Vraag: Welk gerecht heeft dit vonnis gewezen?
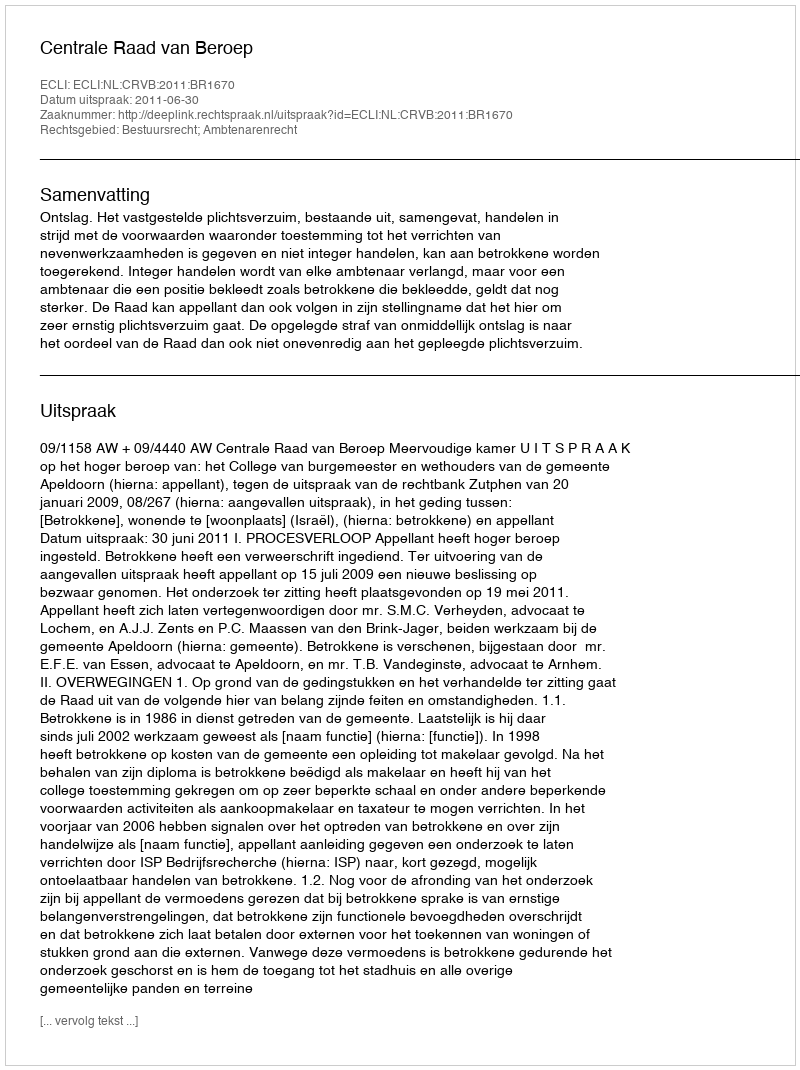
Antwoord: Centrale Raad van Beroep